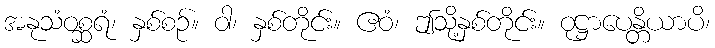
အနုသံဝစ္ဆရံ၊ နှစ်စဉ်။ ဝါ၊ နှစ်တိုင်း။ ဧဝံ၊ ဤသို့နှစ်တိုင်း။ ဝုဋ္ဌာပေန္တိယာပိ၊